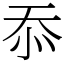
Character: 忝